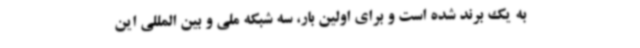
به یک برند شده است و برای اولین بار، سه شبکه ملی و بین المللی این